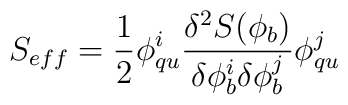
S_{eff}  = \frac{1}{2}  \phi^i_{qu}\frac{\delta^2 S(\phi_b)}{\delta \phi^i_b \delta \phi^j_b} \phi^j_{qu}